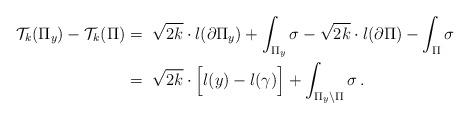
LaTeX: \begin{align*}\mathcal T_k(\Pi_y) - \mathcal T_k(\Pi) &=\ \sqrt{2k} \cdot l(\partial \Pi_y) + \int_{\Pi_y} \sigma -\sqrt{2k}\cdot l(\partial \Pi) - \int_\Pi \sigma \\&=\ \sqrt{2k}\cdot \Big [l(y)-l(\gamma)\Big ] + \int_{\Pi_y\setminus \Pi} \sigma\,.\end{align*}